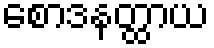
စောဒနတ္ထာယ